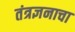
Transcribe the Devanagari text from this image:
तंत्रज्ञनाचा